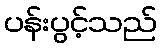
ပန်းပွင့်သည်